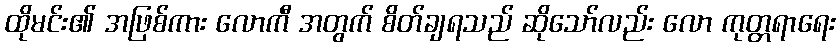
ထိုမင်း၏ အဖြစ်ကား လောကီ အတွက် စိတ်ချရသည် ဆိုသော်လည်း လော ကုတ္တရာရေး